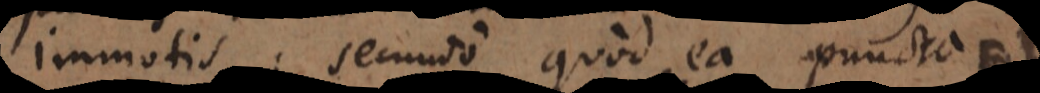
immotis; secundo quod ea puncta